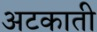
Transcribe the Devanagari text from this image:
अटकाती